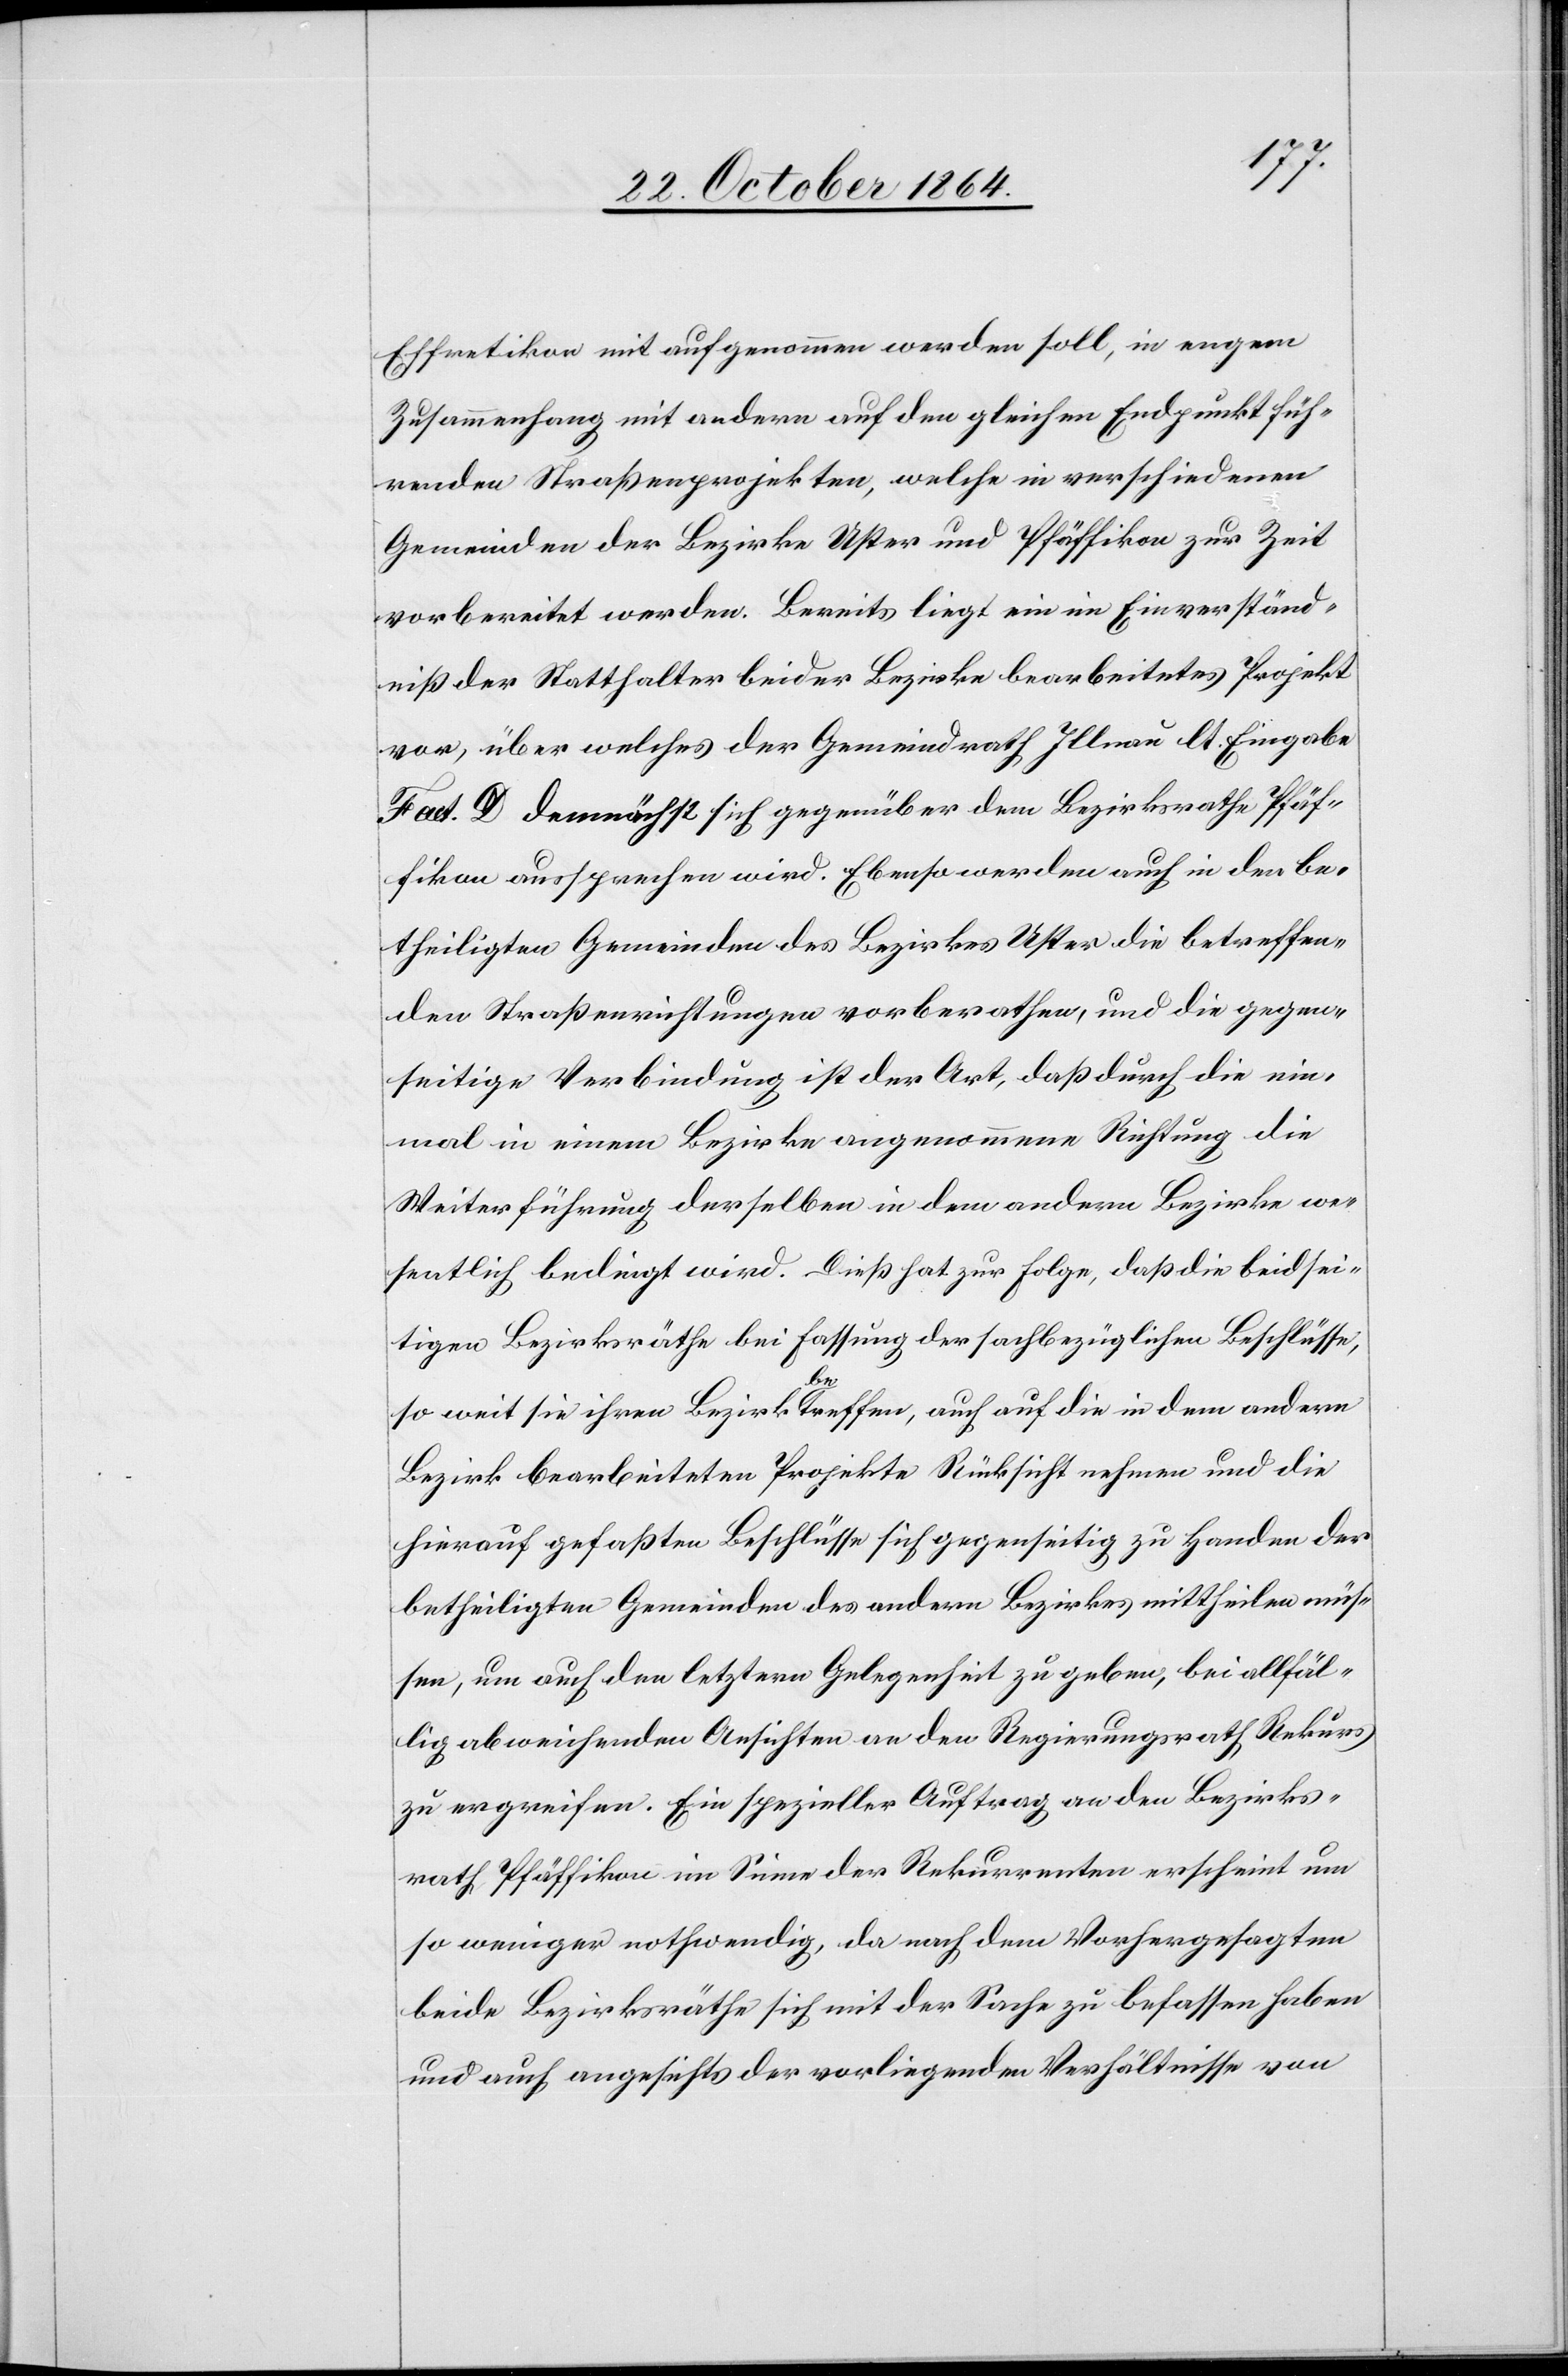
Effretikon mit aufgenommen werden soll, in engem
Zusammenhang mit andern auf den gleichen Endpunkt füh¬
renden Straßenprojekten, welche in verschiedenen
Gemeinden der Bezirke Uster und Pfäffikon zur Zeit
vorbereitet werden. Bereits liegt ein im Einverständ¬
niß der Statthalter beider Bezirke bearbeitetes Projekt
vor, über welches der Gemeindrath Illnau lt. Eingabe
Fact. D demnächst sich gegenüber dem Bezirksrathe Pfäf¬
fikon aussprechen wird. Ebenso werden auch in den be¬
theiligten Gemeinden des Bezirkes Uster die betreffen¬
den Straßenrichtungen vorberathen, und die gegen¬
seitige Verbindung ist der Art, daß durch die ein¬
mal in einem Bezirke angenommene Richtung, die
Weiterführung derselben in dem andern Bezirke we¬
sentlich bedingt wird. Dieß hat zur Folge, daß die beidsei¬
tigen Bezirksräthe bei Fassung der sachbezüglichen Beschlüsse,
so weit sie ihren Bezirk a-be-atreffen, auch auf die in dem andern
Bezirk bearbeiteten Projekte Rücksicht nehmen und die
hierauf gefaßten Beschlüsse sich gegenseitig zu Handen der
betheiligten Gemeinden des andern Bezirkes mittheilen müs¬
sen, um auch den letztern Gelegenheit zu geben, bei allfäl¬
lig abweichenden Ansichten an den Regierungsrath Rekurs
zu ergreifen. Ein spezieller Auftrag an den Bezirks¬
rath Pfäffikon im Sinne der Rekurrenten erscheint um
so weniger nothwendig, da nach dem Vorgesagten
beide Bezirksräthe sich mit der Sache zu befassen haben
und auch angesichts der vorliegenden Verhältnisse von